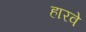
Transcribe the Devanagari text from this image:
हारवे